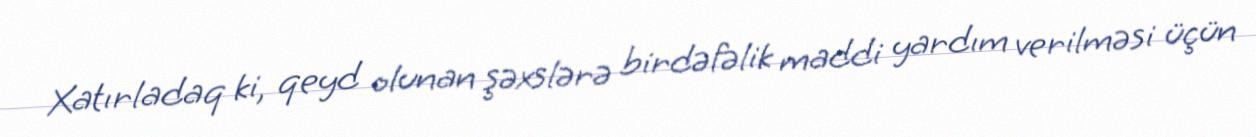
Xatırladaq ki, qeyd olunan şəxslərə birdəfəlik maddi yardım verilməsi üçün